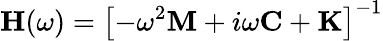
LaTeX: \mathbf{H}(\omega)=\left[-\omega^{2}\mathbf{M}+i\omega\mathbf{C}+\mathbf{K}\right]^{-1}